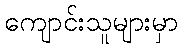
ကျောင်းသူများမှာ